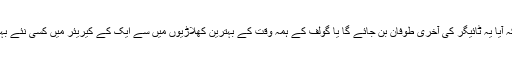
کوئی نہیں جانتا ہے کہ آیا یہ ٹائیگر کی آخری طوفان بن جائے گا یا گولف کے ہمہ وقت کے بہترین کھلاڑیوں میں سے ایک کے کیریئر میں کسی نئے بہادر باب کا آغاز ہوگا۔